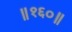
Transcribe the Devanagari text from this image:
॥१६०॥